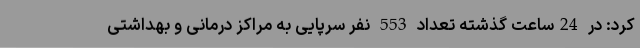
کرد: در 24ساعت گذشته تعداد 553 نفر سرپایی به مراکز درمانی و بهداشتی